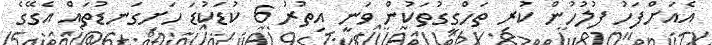
އެއަށްފަހު ފުލުހުން ކުރި ތަހްގީގުތަކުން ވަނީ އިތުރު 6 ކުޑަކުޑަ ހަށިގަނޑުތައް އެގޭގެ